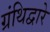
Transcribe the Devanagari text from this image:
ग्रंथिद्वारे